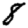
Digit: 8